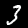
Label: 3